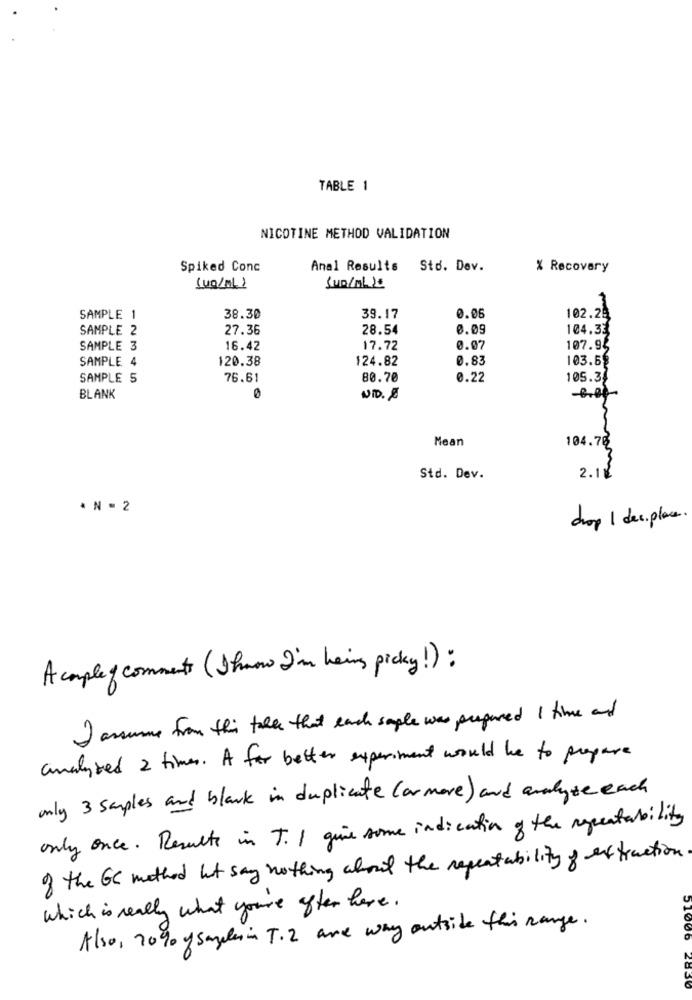
TABLE 1
NICOTINE METHOD VALIDATION
Spiked Conc
Anal Results
Sto. Dev.
% Recovery
(Ug/ML)
SUD/ML 2
102.29
SAMPLE 1
38.30
39.17
0.06
SAMPLE 2
27.36
28.54
0.09
104.33
SAMPLE 3
16.42
17.72
0.07
107.95
SAMPLE 4
120.38
124.82
0.83
103.5
SAMPLE 5
76.61
80.70
0.22
105.34
BLANK
NID. Ø
Mean
104.76
Std. Dev.
2.12
. N - 2
dop 1 des place
A couple comments (Iknow I'm heirs picky!) :
I assume from this talks that each sople was prepared 1 time and
analyzed 2 times. A far better experiment would be to prepare
only 3 samples and black in duplicate (ormore) and analyze each
only once. Results in T.I give some indication of the respectability
of the GC method lot say nothing about the repeatability of extraction
which is really what you're after here .
Also, 20% y saykein T.2 are way outside this Range.
51006
2830